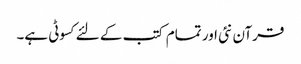
قرآن نئی اور تمام کتب کے لئےکسوٹی ہے۔